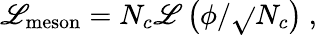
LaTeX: {\cal\mathscr{L}}_{\mathrm{{meson}}}=N_{c}{\cal\mathscr{L}}\left(\phi/\sqrt{}{{N_{c}}}\right)\ ,